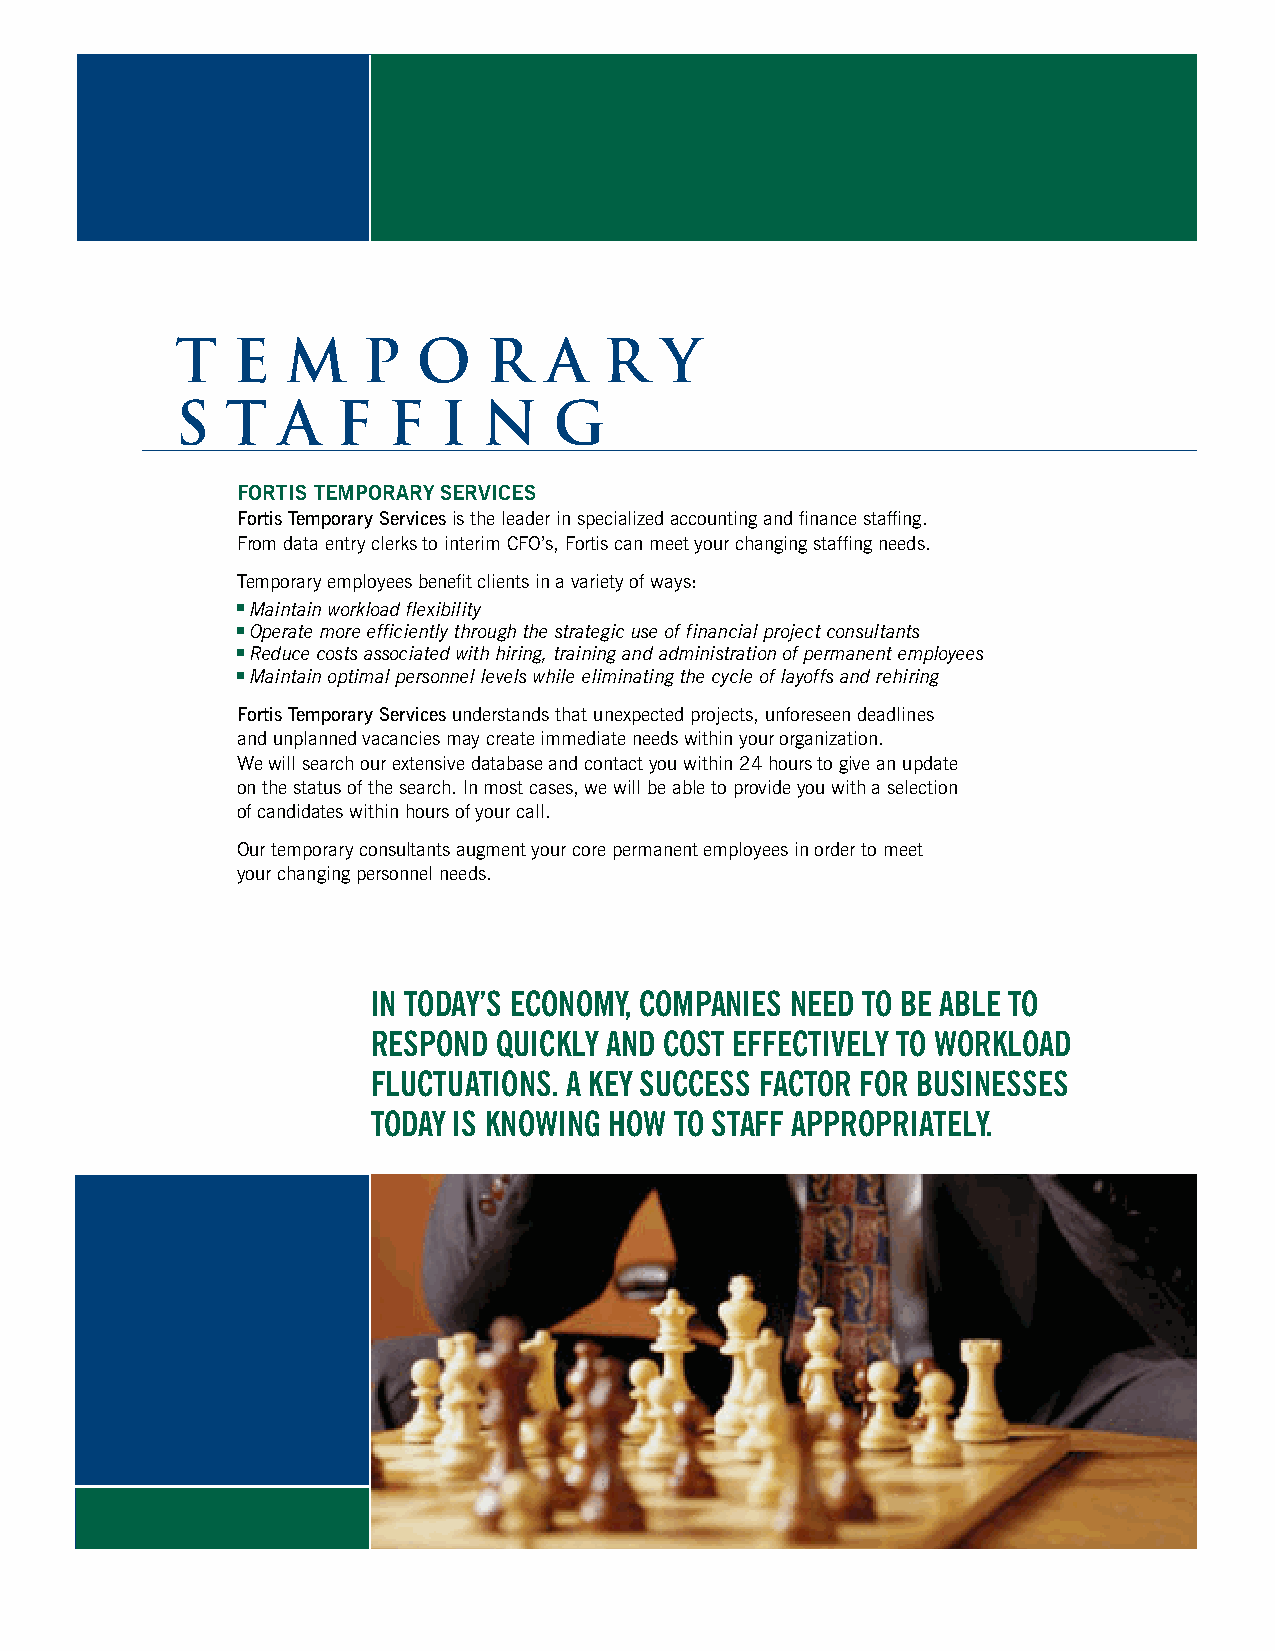
T  E   M    P   O   R   A   R   Y
 S  T  A   F   F  I  N    G
 FORTIS TEMPORARY SERVICES
 Fortis Temporary Servicesis the leader in specialized accounting and finance staffing.
 From data entry clerks to interim CFO’s, Fortis can meet your changing staffing needs.
 Temporary employees benefit clients in a variety of ways:
 Maintain workload flexibility
 Operate more efficiently through the strategic use of financial project consultants
 Reduce costs associated with hiring, training and administration of permanent employees
 Maintain optimal personnel levels while eliminating the cycle of layoffs and rehiring
 Fortis Temporary Servicesunderstands that unexpected projects, unforeseen deadlines
 and unplanned vacancies may create immediate needs within your organization.
 We will search our extensive database and contact you within 24 hours to give an update
 on the status of the search. In most cases, we will be able to provide you with a selection
 of candidates within hours of your call.
 Our temporary consultants augment your core permanent employees in order to meet
 your changing personnel needs.
 IN TODAY’S ECONOMY, COMPANIES NEED TO BE ABLE TO
 RESPOND QUICKLY AND COST EFFECTIVELY TO WORKLOAD
 FLUCTUATIONS. A KEY SUCCESS FACTOR FOR BUSINESSES
 TODAY IS KNOWING HOW TO STAFF APPROPRIATELY.